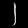
Digit: ၂